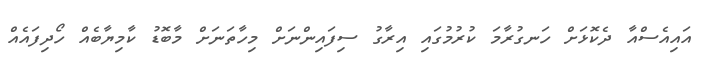
އައިއެސްއާ ދެކޮޅަށް ހަނގުރާމަ ކުރުމުގައި އިރާގު ސިފައިންނަށް މިހާތަނަށް މާބޮޑު ކާމިޔާބެއް ހޯދިފައެއް